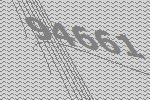
94661